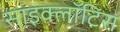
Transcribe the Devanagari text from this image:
साइक्लॉटिस